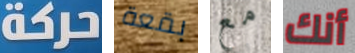
حركة بقعة مع أنك